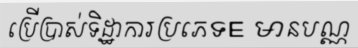
ប្រើប្រាស់ទិដ្ឋាការប្រភេទE មានបណ្ណ